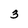
Character: 3